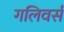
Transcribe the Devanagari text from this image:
गलिवर्स